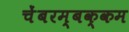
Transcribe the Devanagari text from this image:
चेंबरम्बक्कम